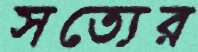
সত্যের